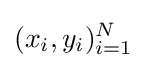
(x_{i},y_{i})_{i=1}^{N}